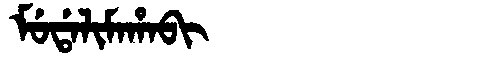
Manchu: ᠮᡠᡩᠠᠯᡳᠮᠠᡥᠠᠪᡳ
Romanization: MUDALIMAHABI